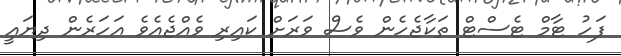
ފަހު ޓާމް ޓެސްޓް ތަކާޖެހެން ވެސް ވަރަށް ކައިރި ވެއްޖެއެވެ އަހަރެން ދިޔައީ